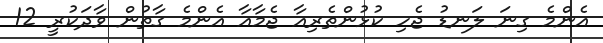
އެންމެ ގިނަ ލަނޑު ޖެހި ކުޅުންތެރިއާ ޖެމާއާ އެންމެ ގާތުން ވާދަކުރީ 12